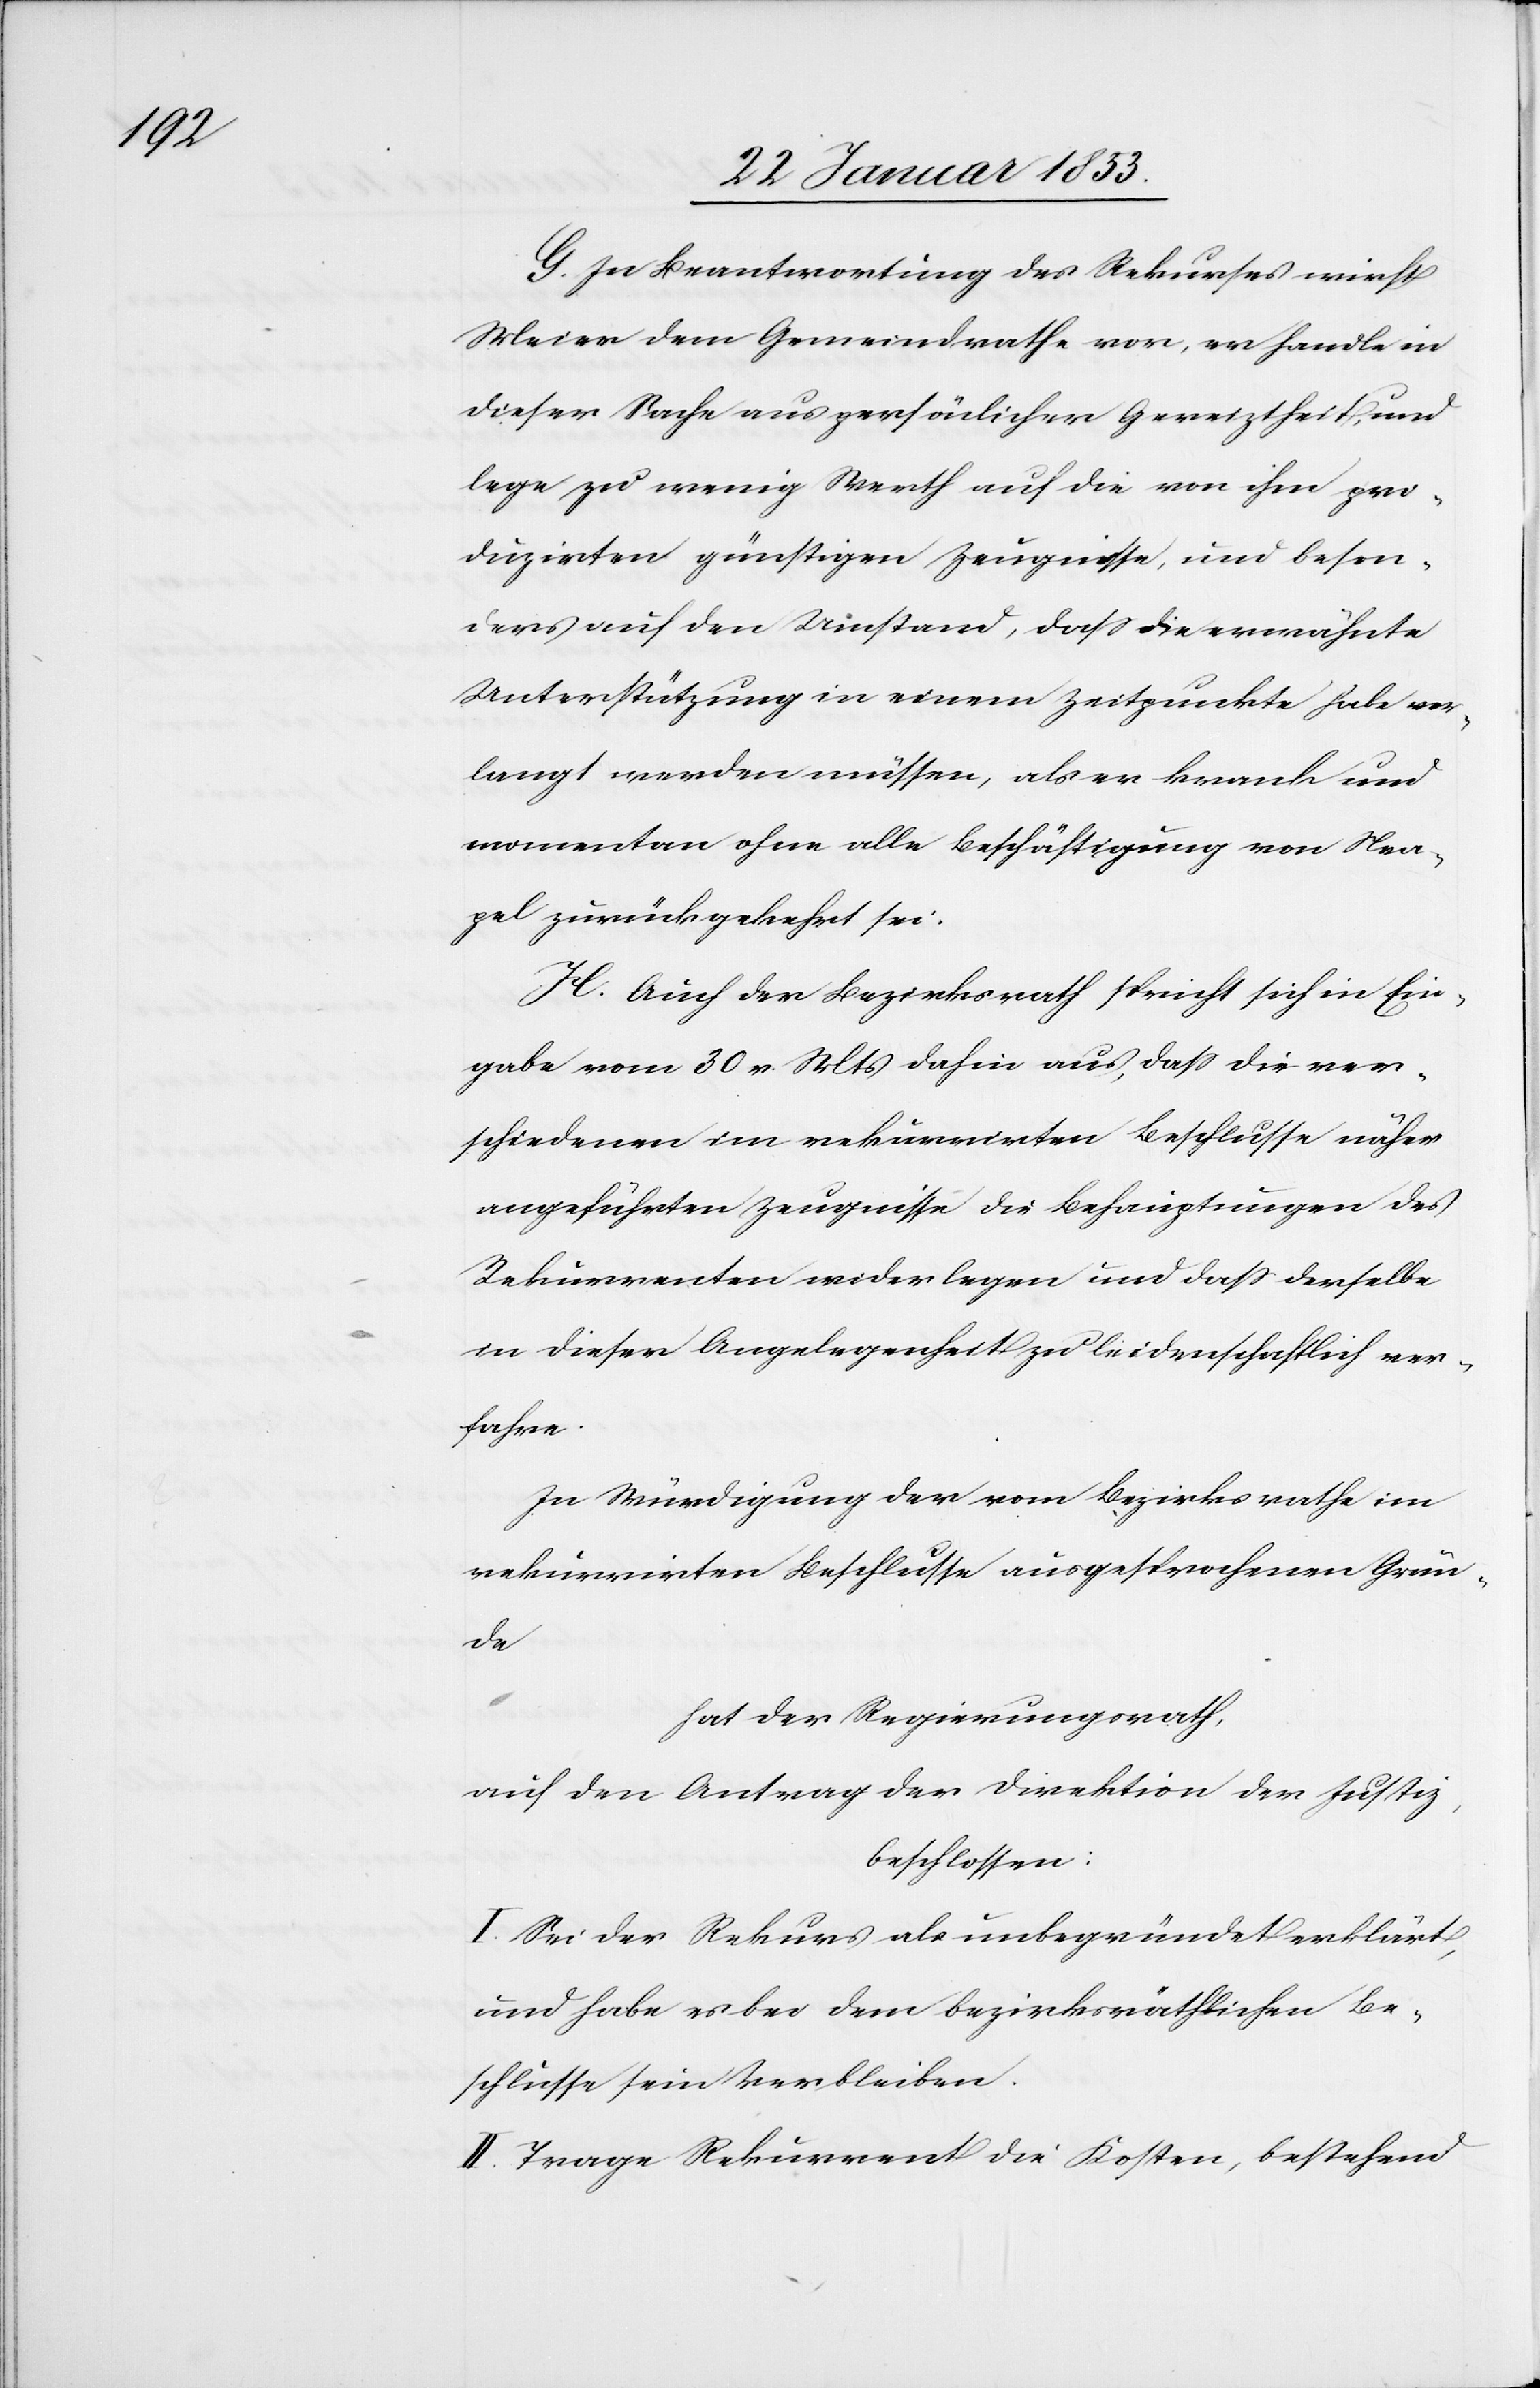
G. In Beantwortung des Rekurses wirft
Meier dem Gemeindrathe vor, er handle in
dieser Sache aus persönlicher Gereiztheit, und
lege zu wenig Werth auf die von ihm pro¬
duzirten günstigen Zeugnisse, und beson¬
ders auf den Umstand, daß die erwähnte
Unterstützung in einem Zeitpunkte habe er¬
langt werden müssen, als er krank und
momentan ohne alle Beschäftigung von Nea¬
pel zurückgekehrt sei.
H. Auch der Bezirksrath spricht sich in Ein¬
gabe vom 30 v. Mts. dahin aus, daß die ver¬
schiedenen im rekurrirten Beschlusse näher
angeführten Zeugnisse die Behauptungen des
Rekurrenten wiederlegen und daß derselbe
in dieser Angelegenheit zu leidenschaftlich ver¬
fahre.
In Würdigung der vom Bezirksrathe im
rekurrirten Beschlusse ausgesprochenen Grün¬
de
hat der Regierungsrath
auf den Antrag der Direktion der Justiz,
beschlossen:
I. Sei der Rekurs als unbegründet erklärt,
und habe es bei dem bezirksräthlichen Be¬
schlusse sein Verbleiben.
II. Trage Rekurrent die Kosten, bestehend